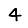
Digit: 4